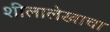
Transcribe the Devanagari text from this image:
शीलालेखाचा